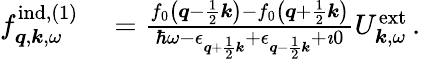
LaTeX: \begin{array}{rl}{f_{\boldsymbol{q},\boldsymbol{k},\omega}^{\mathrm{ind},(1)}}&{{}=\frac{f_{0}\left(\boldsymbol{q}-\frac{1}{2}\boldsymbol{k}\right)-f_{0}\left(\boldsymbol{q}+\frac{1}{2}\boldsymbol{k}\right)}{\hbar\omega-\epsilon_{\boldsymbol{q}+\frac{1}{2}\boldsymbol{k}}+\epsilon_{\boldsymbol{q}-\frac{1}{2}\boldsymbol{k}}+\imath 0}{U}_{\boldsymbol{k},\omega}^{\mathrm{ext}}\, .}\end{array}